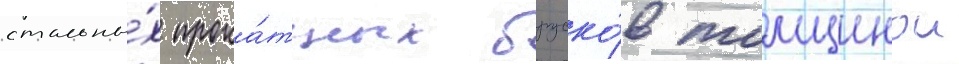
стальны́х прока́тных бруско́в толщинои